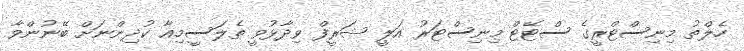
ހެލްތު މިނިސްޓްރީގެ ސްޓޭޓް މިނިސްޓަރު އަލީ ޝަރީފް ވިދާޅުވީ ތެލަސީމިއާ ކުދިންނަށް ބޭނުންވާ